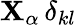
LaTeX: {\mathbf{X}}_{\alpha}\, \delta_{kl}